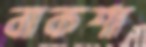
বাকশা